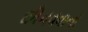
છીનવવાનો